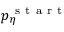
p _ { \eta } ^ { \mathrm { ~ s ~ t ~ a ~ r ~ t ~ } }